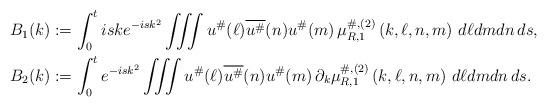
LaTeX: \begin{align*}B_1(k) & := \int_{0}^{t} iske^{-isk^2}\iiint u^{\#}(\ell)\overline{u^{\#}}(n)u^{\#}(m) \, \mu_{R,1}^{\#,(2)}\left(k,\ell,n,m\right)\,d\ell dmdn\,ds,\\B_2(k) & := \int_{0}^{t} e^{-isk^2} \iiint u^{\#}(\ell)\overline{u^{\#}}(n)u^{\#}(m) \, \partial_{k}\mu_{R,1}^{\#,(2)}\left(k,\ell,n,m\right)\,d\ell dmdn\,ds.\end{align*}